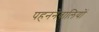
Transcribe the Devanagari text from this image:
पहननेवालियों